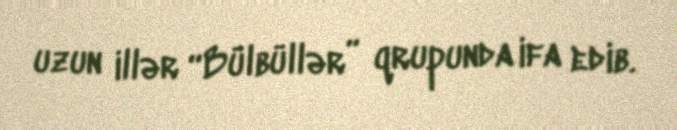
uzun illər “Bülbüllər” qrupunda ifa edib.